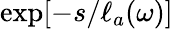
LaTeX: \exp[-s/\ell_{a}(\omega)]